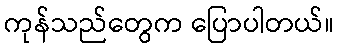
ကုန်သည်တွေက ပြောပါတယ်။